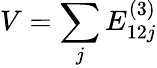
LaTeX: V=\sum_{j}E_{12j}^{(3)}